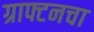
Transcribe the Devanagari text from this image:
ग्राफ्टनचा